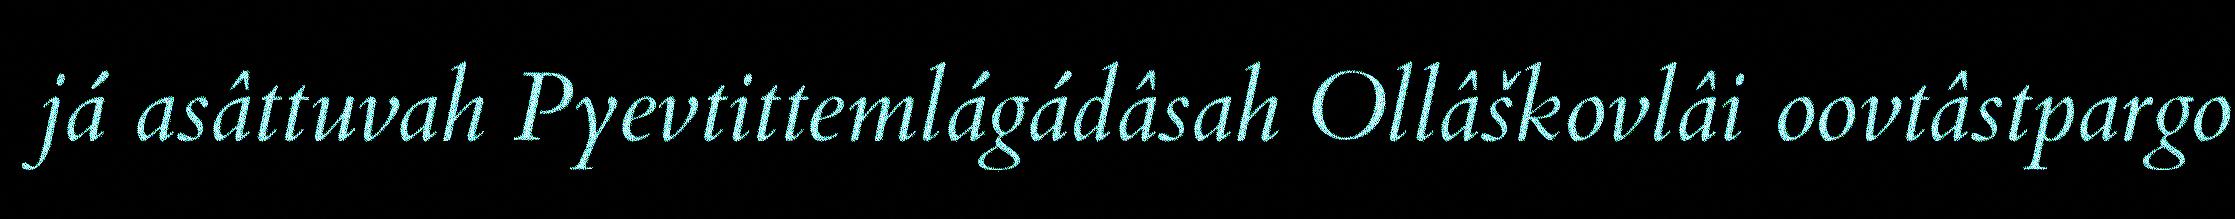
já asâttuvah Pyevtittemlágádâsah Ollâškovlâi oovtâstpargo